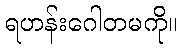
ရဟန်းဂေါတမကို။